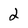
Character: 2